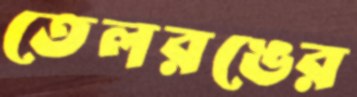
তেলরঙের